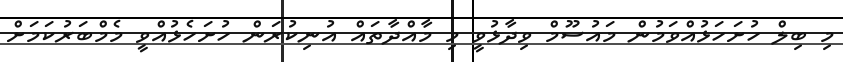
މި ބިލް ހުށަހަޅުއްވަމުން މައުސޫމް ވިދާޅުވީ މި މާއްދާތައް އުނިކުރަން ހުށަހެޅުއްވީ މެމްބަރުކަމަށް